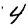
Digit: 4